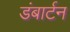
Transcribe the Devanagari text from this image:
डंबार्टन